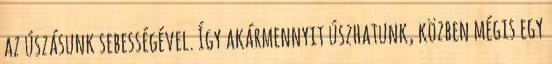
az úszásunk sebességével. Így akármennyit úszhatunk, közben mégis egy